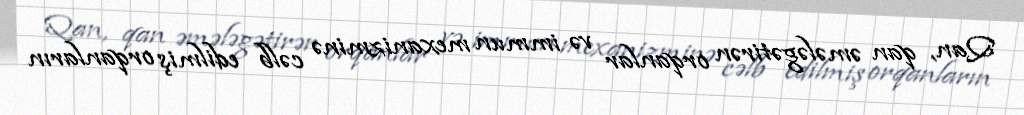
Qan, qan əmələgətirən orqanlar və immun mexanizminə cəlb edilmiş orqanların